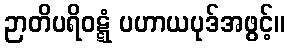
ဉာတိပရိဝဋ္ဋံ ပဟာယပုဒ်အဖွင့်။